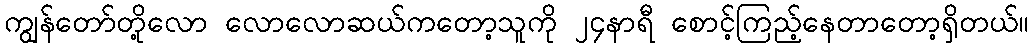
ကျွန်တော်တို့လော လောလောဆယ်ကတော့သူကို ၂၄နာရီ စောင့်ကြည့်နေတာတော့ရှိတယ်။